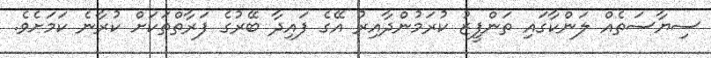
ސިޔާސަތެއް ލަންކާގައި ތަންފީޒު ކުރަމުންދާއިރު އޭގެ ފައިދާ ބޭރުގެ ފަރާތްތަކަށް ކުރާނެ ކަމަށެވެ.